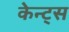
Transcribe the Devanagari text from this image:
केन्ट्स